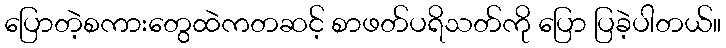
ပြောတဲ့စကားတွေထဲကတဆင့် စာဖတ်ပရိသတ်ကို ပြော ပြခဲ့ပါတယ်။